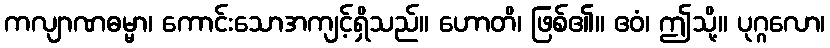
ကလျာဏဓမ္မာ၊ ကောင်းသောအကျင့်ရှိသည်။ ဟောတိ၊ ဖြစ်၏။ ဧဝံ၊ ဤသို့။ ပုဂ္ဂလော၊